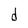
Character: d